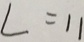
L = 1 1